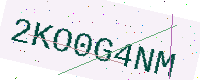
Text: 2KO0G4NM